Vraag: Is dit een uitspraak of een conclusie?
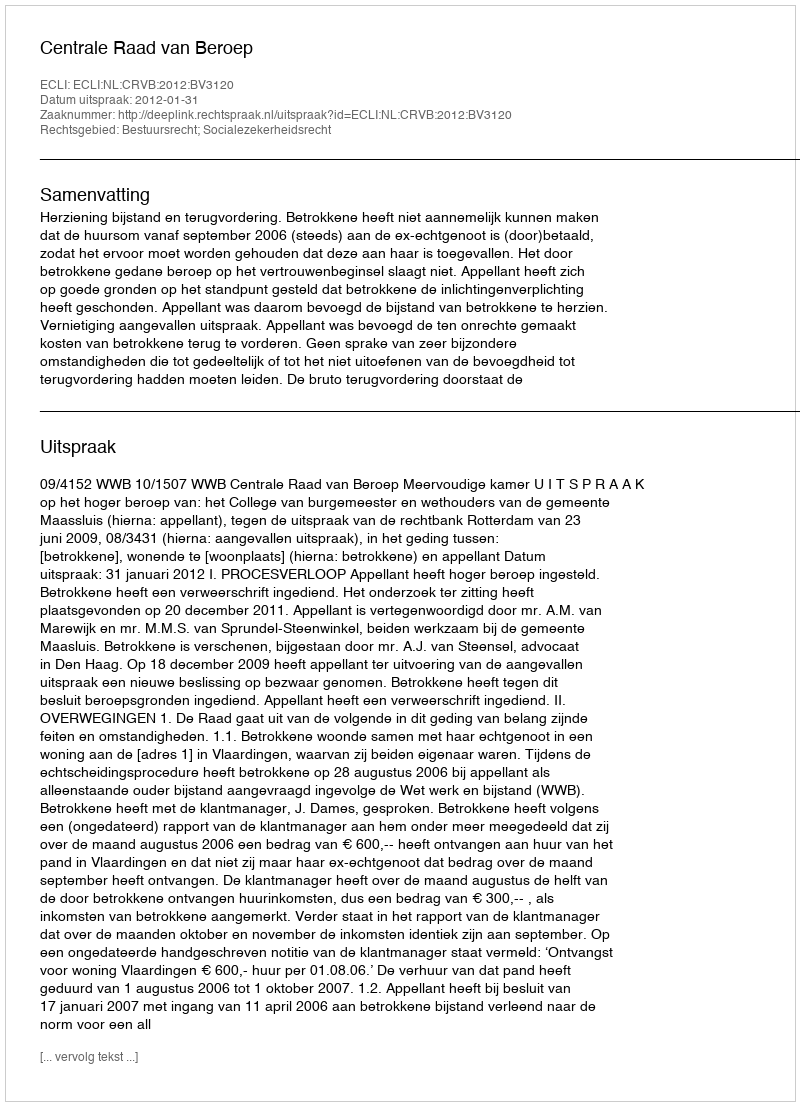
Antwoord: Uitspraak